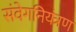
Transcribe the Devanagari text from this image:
संवेगनियंत्रण